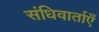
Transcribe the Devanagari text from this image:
संधिवार्ताएँ